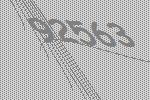
92563